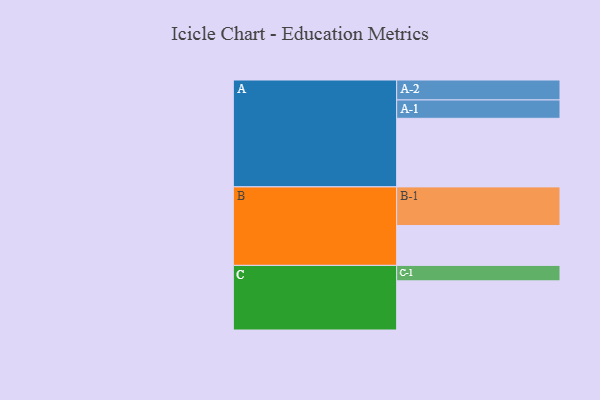
{"axis": {"x": "Segment", "y": "Value"}, "legend": ["", "A", "B", "C"], "data": [{"x": "A", "y": 519, "type": ""}, {"x": "B", "y": 302, "type": ""}, {"x": "C", "y": 372, "type": ""}, {"x": "A-1", "y": 139, "type": "A"}, {"x": "A-2", "y": 151, "type": "A"}, {"x": "B-1", "y": 292, "type": "B"}, {"x": "C-1", "y": 117, "type": "C"}]}